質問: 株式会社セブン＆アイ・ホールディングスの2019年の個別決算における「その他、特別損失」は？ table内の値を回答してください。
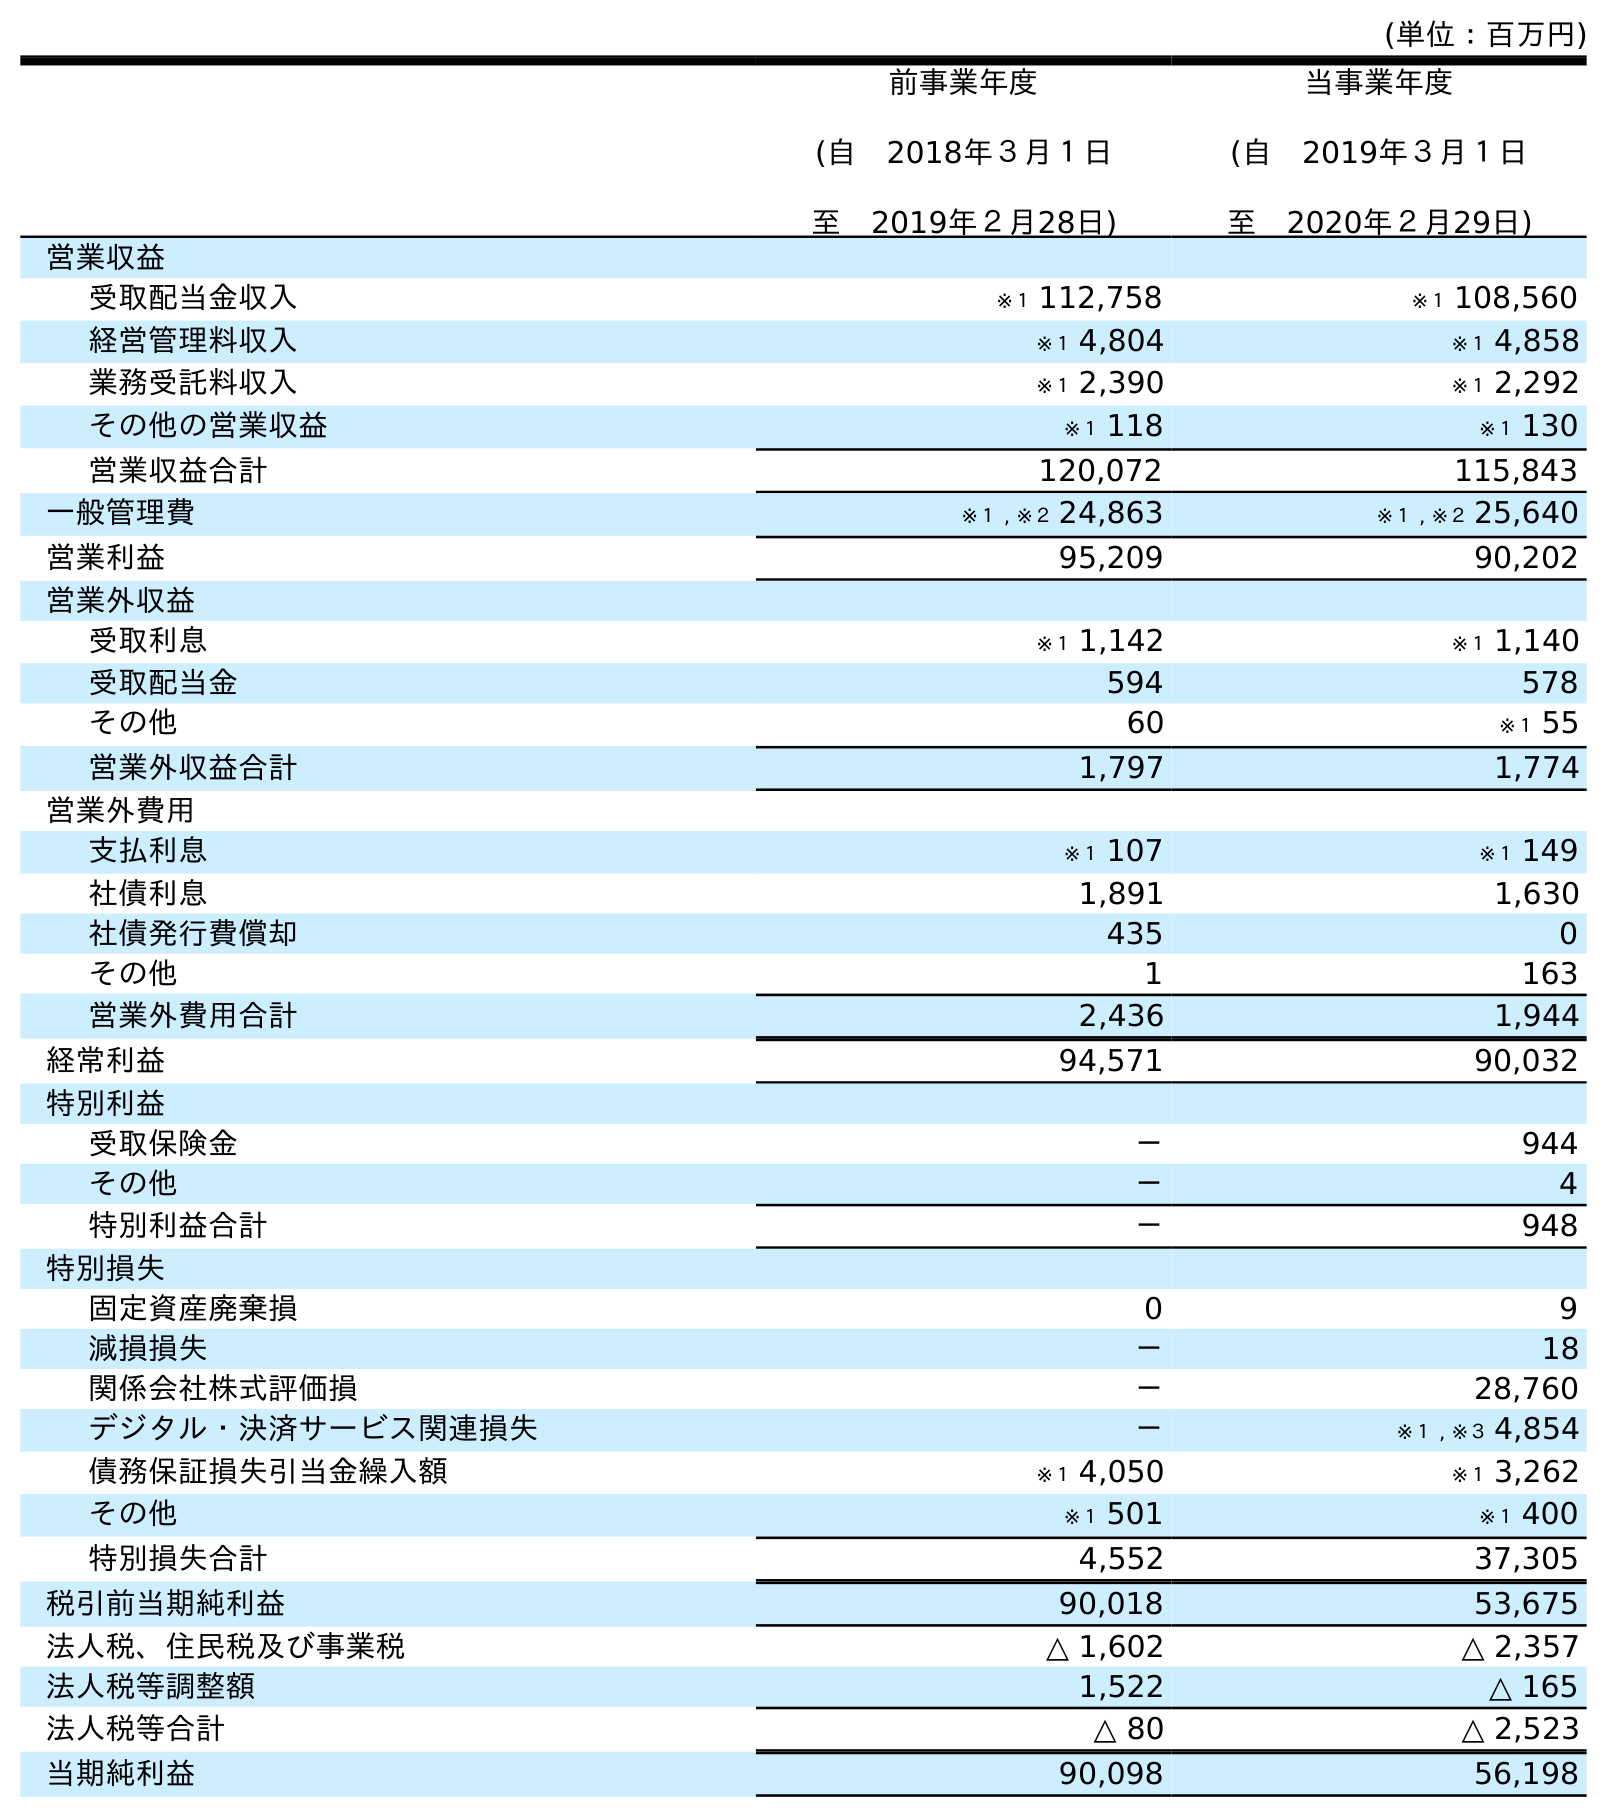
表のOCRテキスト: (単位：百万円) 前事業年度 (自 2018年３月１日 至 2019年２月28日) 当事業年度 (自 2019年３月１日 至 2020年２月29日) 営業収益 受取配当金収入 ※１ 112,758 ※１ 108,560 経営管理料収入 ※１ 4,804 ※１ 4,858 業務受託料収入 ※１ 2,390 ※１ 2,292 その他の営業収益 ※１ 118 ※１ 130 営業収益合計 120,072 115,843 一般管理費 ※１ , ※２ 24,863 ※１ , ※２ 25,640 営業利益 95,209 90,202 営業外収益 受取利息 ※１ 1,142 ※１ 1,140 受取配当金 594 578 その他 60 ※１ 55 営業外収益合計 1,797 1,774 営業外費用 支払利息 ※１ 107 ※１ 149 社債利息 1,891 1,630 社債発行費償却 435 0 その他 1 163 営業外費用合計 2,436 1,944 経常利益 94,571 90,032 特別利益 受取保険金 － 944 その他 － 4 特別利益合計 － 948 特別損失 固定資産廃棄損 0 9 減損損失 － 18 関係会社株式評価損 － 28,760 デジタル・決済サービス関連損失 － ※１ , ※３ 4,854 債務保証損失引当金繰入額 ※１ 4,050 ※１ 3,262 その他 ※１ 501 ※１ 400 特別損失合計 4,552 37,305 税引前当期純利益 90,018 53,675 法人税、住民税及び事業税 △ 1,602 △ 2,357 法人税等調整額 1,522 △ 165 法人税等合計 △ 80 △ 2,523 当期純利益 90,098 56,198
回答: ※１501